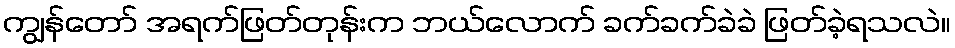
ကျွန်တော် အရက်ဖြတ်တုန်းက ဘယ်လောက် ခက်ခက်ခဲခဲ ဖြတ်ခဲ့ရသလဲ။